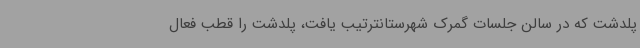
پلدشت که در سالن جلسات گمرک شهرستانترتیب یافت، پلدشت را قطب فعال